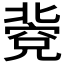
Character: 𥧐